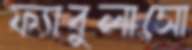
ফ্যাবুলাসো